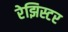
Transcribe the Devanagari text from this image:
रेझिस्टर